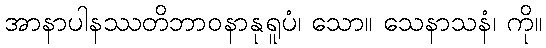
အာနာပါနဿတိဘာဝနာနုရူပံ၊ သော။ သေနာသနံ၊ ကို။